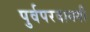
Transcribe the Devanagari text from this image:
पुर्वपरवानगी